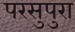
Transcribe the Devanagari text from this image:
परसुपुरा